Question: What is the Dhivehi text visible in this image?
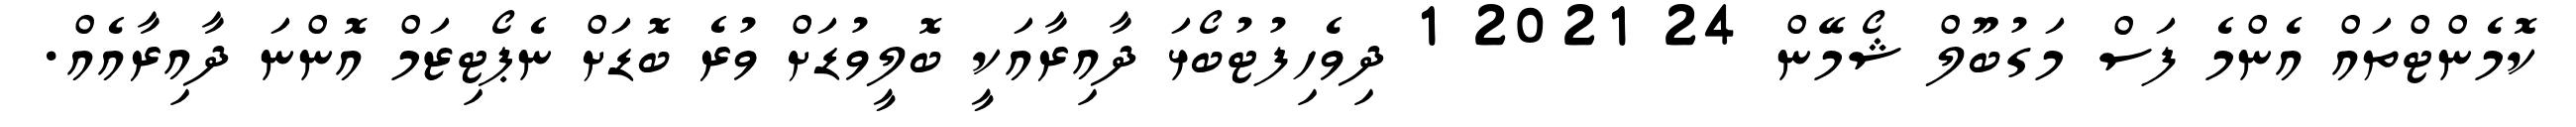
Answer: ކޮމެންޓްތައް އެންމެ ފަސް މަގުބޫލް ޝޯމޭން 24 2021 1 ދިވެހިފުޓުބޯޅަ ދާއިރާއަކީ ބޮލީވުޑަށް ވުރެ ބޮޑަށް ނެޕޯޓިޒަމް އޮންނަ ދާއިރާއެއް.